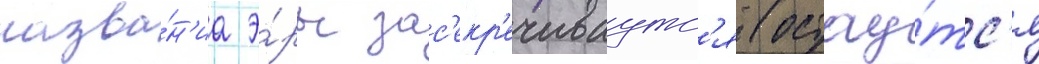
назва́н'иа э́ры зас'екр'ечиваутс'я (остау́тс'я